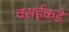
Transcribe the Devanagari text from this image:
वसईकडे